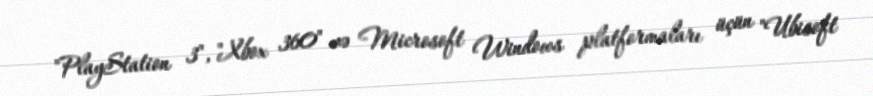
"PlayStation 3", "Xbox 360" və Microsoft Windows platformaları üçün "Ubisoft